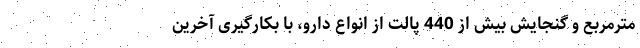
مترمربع و گنجایش بیش از 440 پالت از انواع دارو، با بکارگیری آخرین